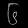
Digit: ၆